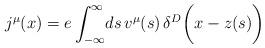
LaTeX: \begin{align*}j^{\mu}(x)=e\int_{-\infty}^\infty\!ds\,v^{\mu}(s)\,\delta ^{D}\biggl (x-z(s)\biggr)\end{align*}